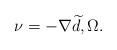
LaTeX: \begin{align*}\nu = - \nabla \widetilde{d}, \Omega.\end{align*}